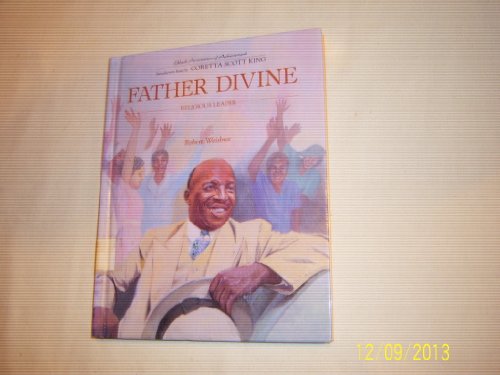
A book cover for Father Divine/Religious Leader (Black Americans of Achievement); Robert Weisbrot; Teen & Young Adult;